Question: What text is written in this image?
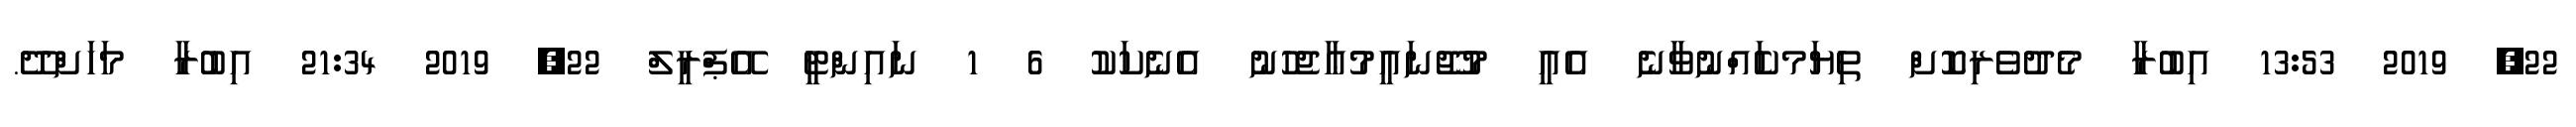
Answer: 22, 2019 13:53 އިބުރާ މެދުވެރިކޮށް ތިޔަމކަެއްނުވާނެ އެއީ މުޖޫނައީމުޢާޖެހުނު އެނެކަކު 6 1 ނައިންޓީ އޭޕްރީލް 22, 2019 21:34 އިބުރާ މަހަށްދޭ.